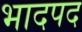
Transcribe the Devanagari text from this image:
भादपद